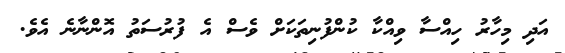
އަދި މިހާރު ހިއްސާ ވިއްކާ ކުންފުނިތަކަށް ވެސް އެ ފުރުސަތު އޮންނާނެ އެވެ.